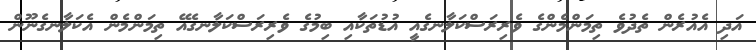
އަދި އެއުރެން ތެދުވެ ތިމަންމެންގެ ވެރިރަސްކަލާނގެއީ އުޑުތަކާއި ބިމުގެ ވެރިރަސްކަލާނގެއޭ ތިމަންމެން އެކަލާނގެނޫން